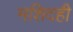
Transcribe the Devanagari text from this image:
मशिदही